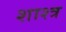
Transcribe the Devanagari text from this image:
शाश्त्र